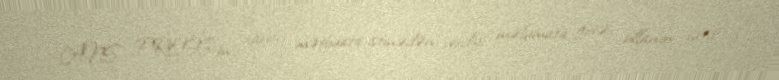
ANS PRESS-in xarici mətbuata istinədən verdiyi məlumata görə, villanın satış